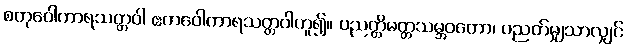
စတုဝေါကာရသတ္တဝါ ဧကဝေါကာရသတ္တဝါဟူ၍။ ပညတ္တိမတ္တသမ္ဘဝတော၊ ပညတ်မျှသာလျှင်